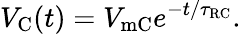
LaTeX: V_{\mathrm{{C}}}(t)=V_{\mathrm{{mC}}}e^{-t/\tau_{\mathrm{{RC}}}}.